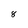
Character: 8